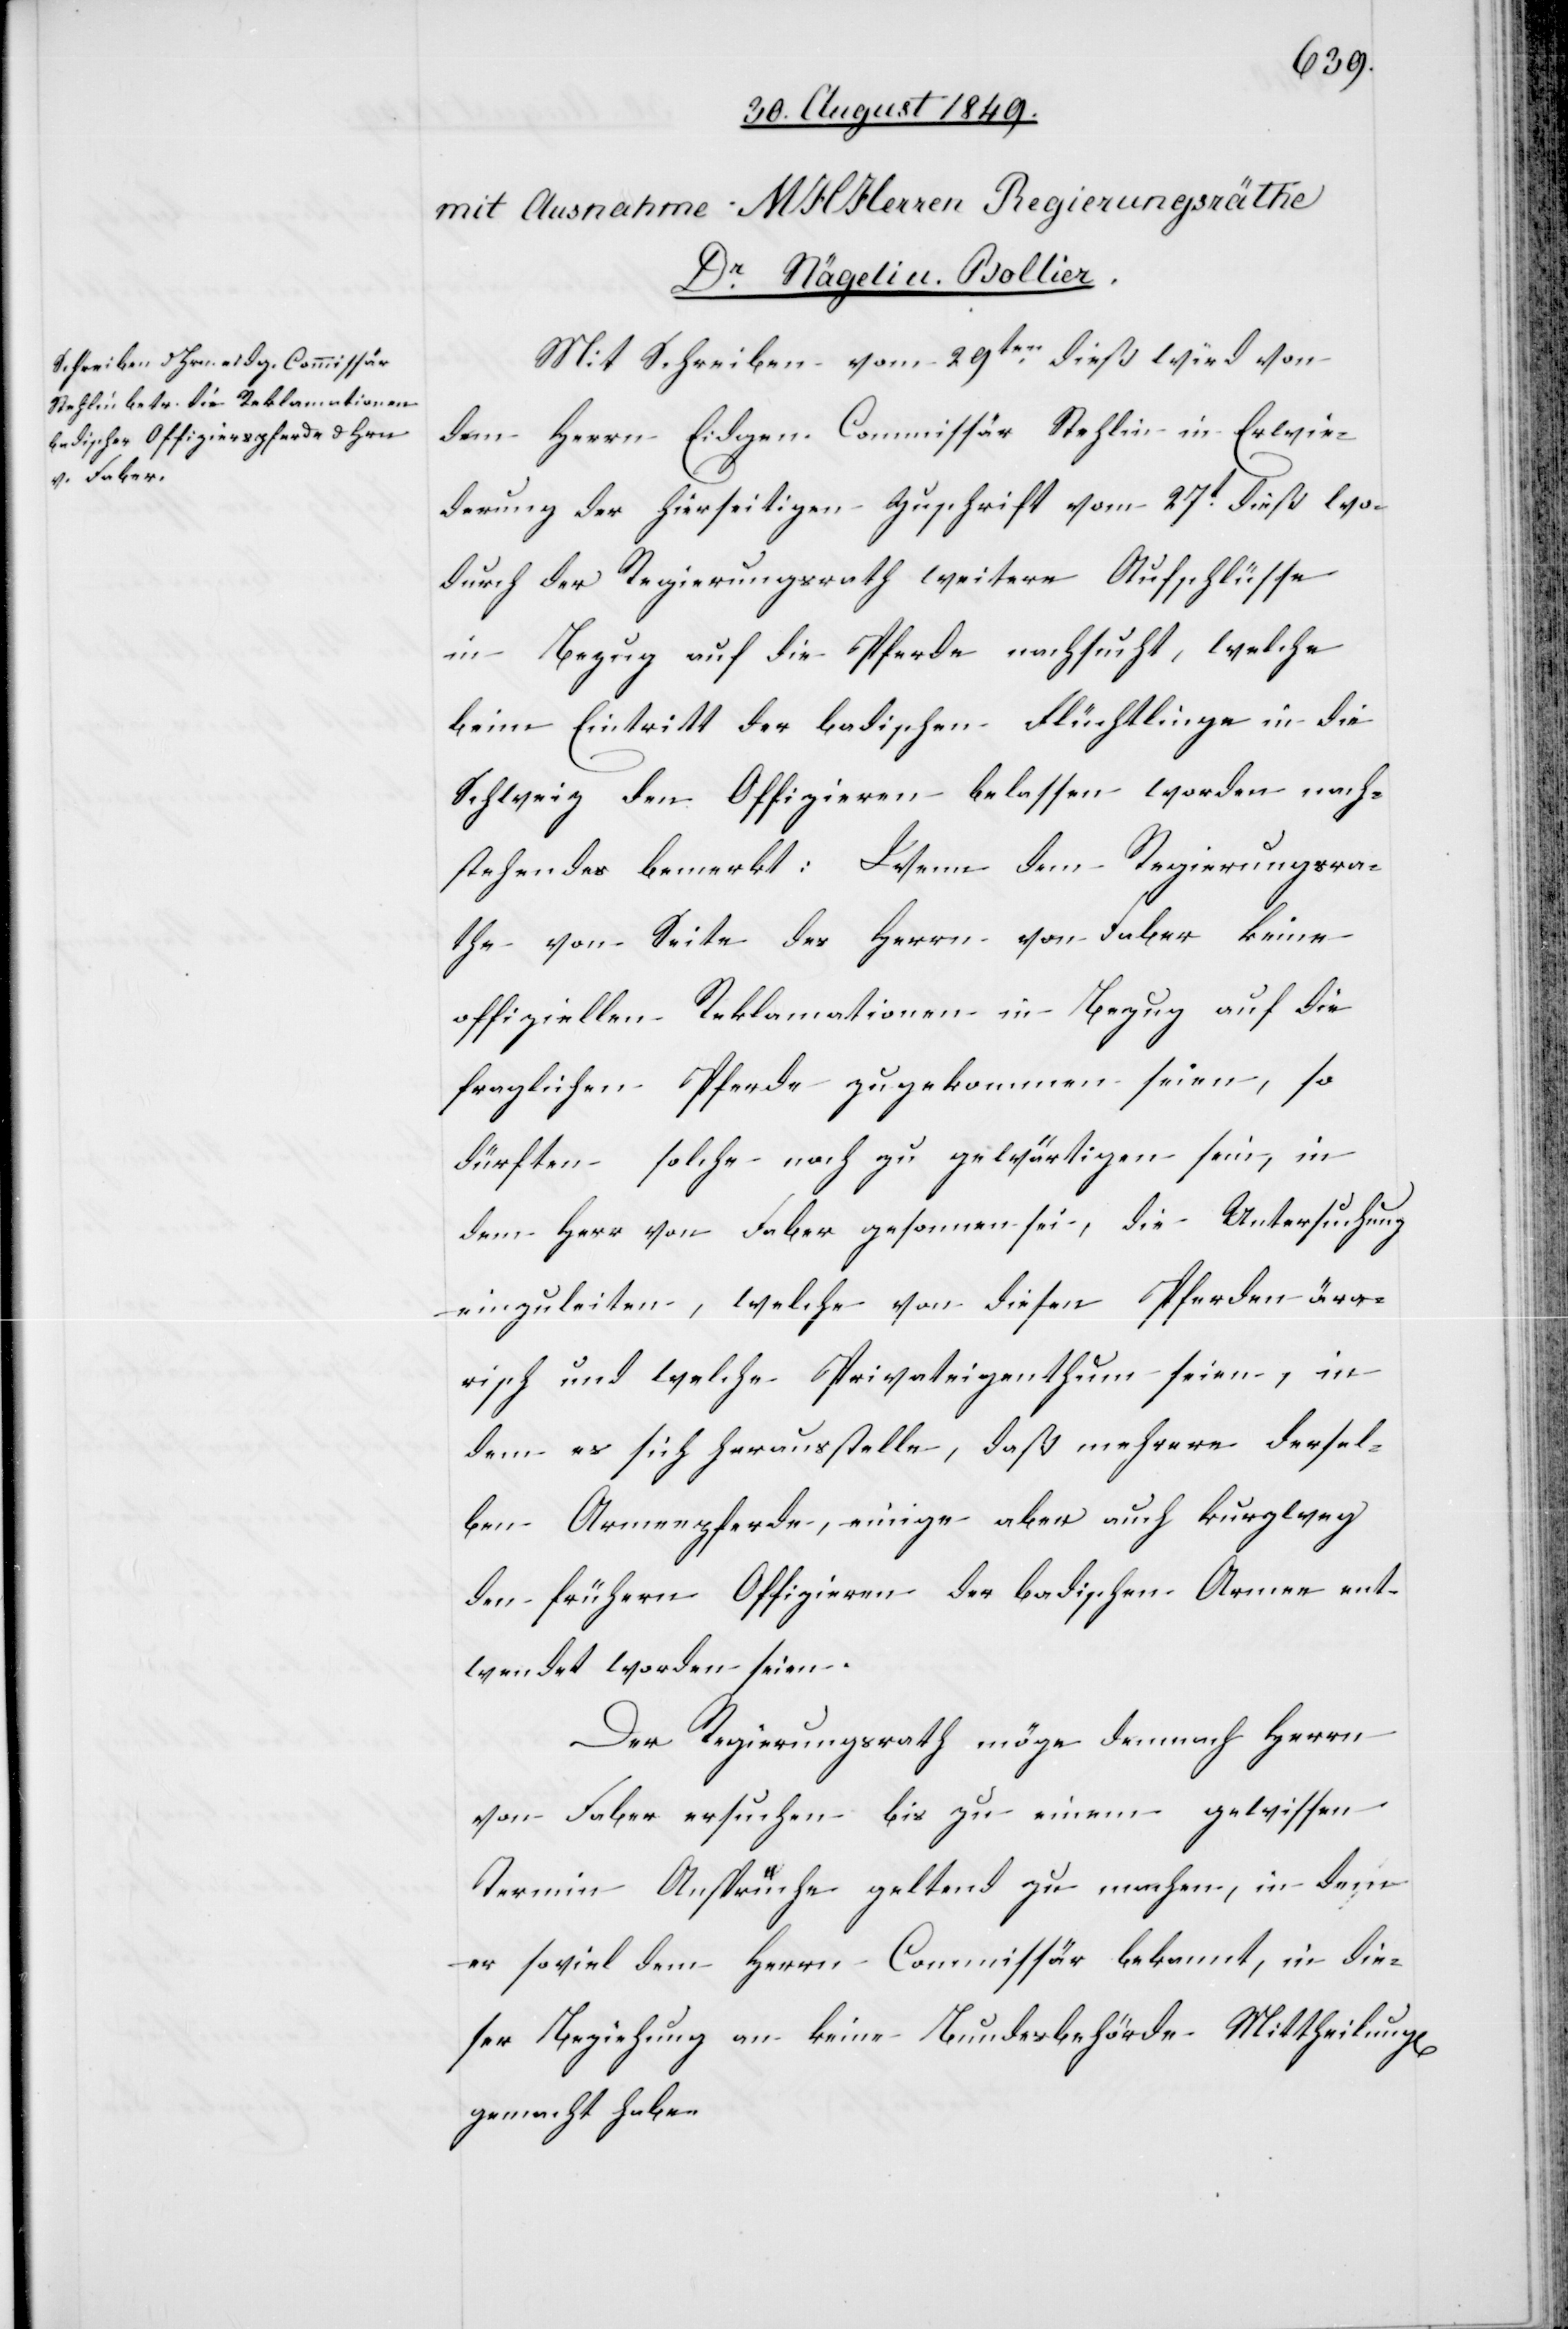
Mit Schreiben vom 29ten dieß wird von
dem Herrn Eidgen. Commissär Stehlin in Erwie¬
derung der hierseitigen Zuschrift vom 27t dieß wo¬
durch der Regierungsrath weitere Aufschlüsse
in Bezug auf die Pferde nachsucht, welche
beim Eintritt der badischen Flüchtlinge in die
Schweiz den Offizieren belassen worden nach¬
stehendes bemerkt: Wenn dem Regierungsra¬
the von Seite des Herrn von Faber keine
offiziellen Reklamationen in Bezug auf die
fraglichen Pferde zugekommen seien, so
dürften solche noch zu gewärtigen sein, in
dem Herr von Faber gesonnen sei, die Untersuchung
einzuleiten, welche von diesen Pferden ära¬
risch und welche Privateigenthum seien, in
dem es sich herausstelle, daß mehrere dersel¬
ben Armenpferde, einige aber auch kurzweg
den frühern Offizieren der badischen Armee ent¬
wendet worden seien.
Der Regierungsrath möge demnach Herrn
von Faber ersuchen bis zu einem gewissen
Termin Ansprüche geltend zu machen, in dem
er soviel dem Herrn Commissär bekannt, in die¬
ser Beziehung an keine Bundesbehörde Mittheilung[en]
gemacht habe.